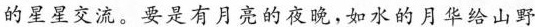
的星星交流。要是有月亮的夜晚，如水的月华给山野